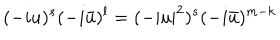
( - i u ) ^ { s } ( - i \bar { u } ) ^ { l } = ( - | u | ^ { 2 } ) ^ { s } ( - i \bar { u } ) ^ { m - k }